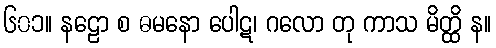
၆၀၁။ နဠော စ ဓမနော ပေါဋ၊ ဂလော တု ကာသ မိတ္ထိ န။